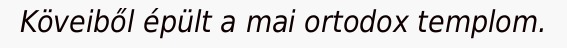
Köveiből épült a mai ortodox templom.